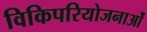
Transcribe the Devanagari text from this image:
विकिपरियोजनाओं